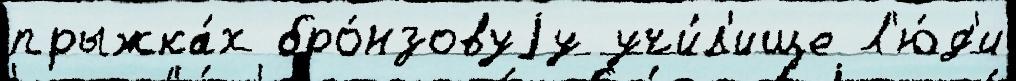
прыжка́х бро́нзовуjу учи́л'ище Л'ю́д'и